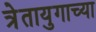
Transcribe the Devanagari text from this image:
त्रेतायुगाच्या